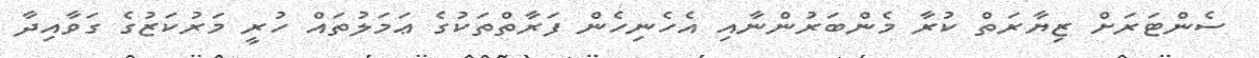
ސެންޓަރަށް ޒިޔާރަތް ކުރާ މެންބަރުންނާއި އެހެނިހެން ފަރާތްތަކުގެ ޢަމަލުތައް ހުރީ މަރުކަޒުގެ ގަވާއިދާ